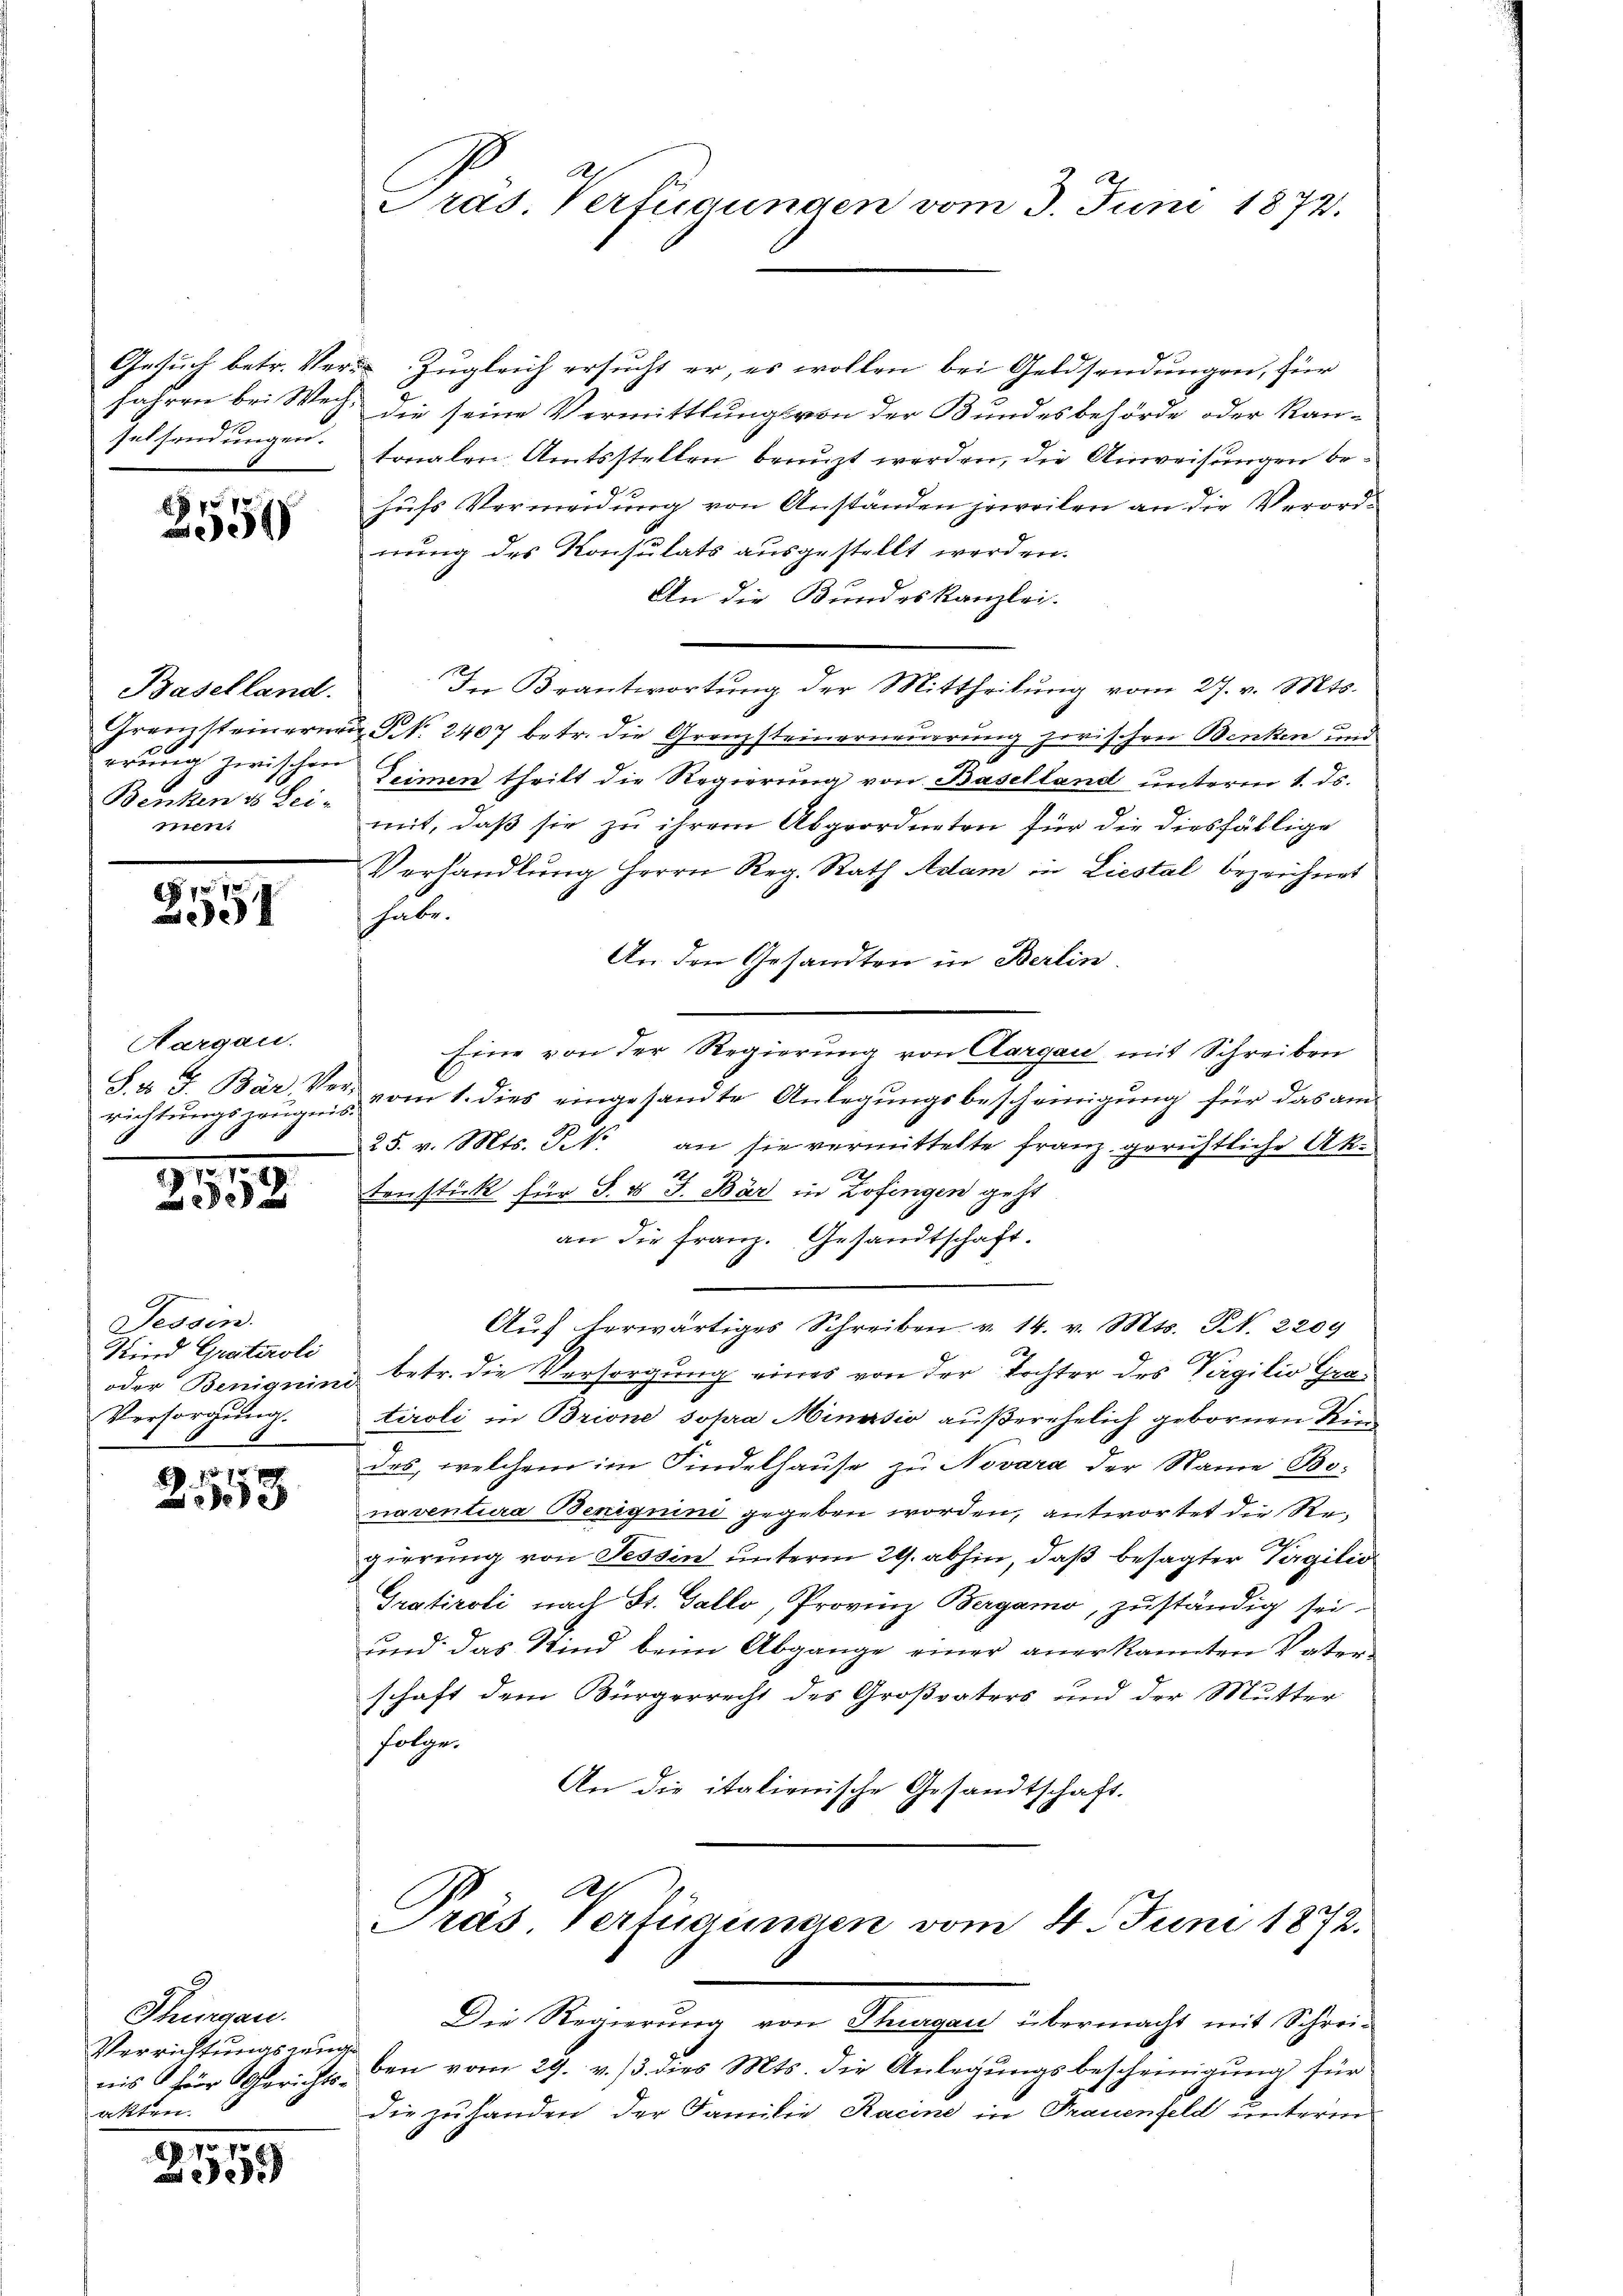
selsendungen.

2554

Baselland.
Benken ds Lei-
Itten.

3557

Hargau.
richtungszeugnis

911.
59

Tessin.
Kind Gratiroli
Versorgung.

8 f 18 x
e

Thurgau.
Verrichtungszeuge
akten.

x
5

Pras. Verfügungen vom 3. Juni 1872.

Gesuch betr. Ver- Zugleich ersucht er, es wollen bei Geldsendungen, für
Jahren bei Weg die seine Vermittlungs von der Bundesbehörde oder Kan-
tonalen Amtsstellen brenzt werden, die Anweisungen behufs Vermeidung von Anständen jeweilen an die Verordnung des Konsulats ausgestellt werden.
An die Bundeskanzlei.
Grenzsteinerer S. 2407 betr. die Grenzsteinerneuerung zwischen Benken und
3
u
rrung zwischen Leimen theilt die Regierung von Baselland unterm 1. ds.
mit, daß sie zu ihrem Abgeordneten für die diesfällige
Verhandlung Herrn Reg. Rath Adam in Liestal bezeichnet
habe.
An den Gesandten in Berlin.
Eine von der Regierung von Aargau mit Schreiben
S. v. J. Bar. Ver- vom 1. dies eingesandte Anlegŭngsbescheinigŭng für das am
25. v. Mts. Frk. an sie vermittelte Franz gerichtliche Akten stick für S. 8 J. Bär in Zofingen geht
an die Franz. Gesandtschaft.
Aŭf herwärtiges Schreiben v. 14. v. Mts. S. 2209
oder Benignini betr. die Versorgŭng eines von der Tochter des Virgilio Gra
tiroli in Brione sopra Minasio außerehelich gebornen Kin
des, welchem im Findelhause zu Novara der Name Bo-
naventura Beniquini gegeben worden, antwortet die Regierung von Tessin unterm 29. abhin, daß besagter Tagilio
Gratiroli nach St. Gallo, Provinz Bergamo, zuständig sei.
und das Kind beim Abgange einer anerkannten Vater-
schaft dem Bürgerrecht des Großvaters und der Mutter
folge.
An die italienische Gesandtschaft.

In Brantwortung der Mittheilung vom 27. v. Mts.

Mt.
Präs. Vertigungen vom 4. Juni 1872.

Die Regierung von Thurgau übermacht mit Schreinis für Gerichts- den vom 29. v. 3. dies Mts. die Anlegŭngsbescheinigung für
Die zu handen der Familie Racine in Frauenfeld unterm